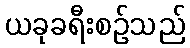
ယခုခရီးစဉ်သည်